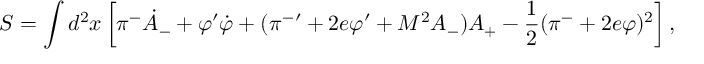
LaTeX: S = \int d ^ { 2 } x \left[ \pi ^ { - } { \dot { A } _ { - } } + { \varphi } ^ { \prime } { \dot { \varphi } } + ( { \pi ^ { - } } ^ { \prime } + 2 e \varphi ^ { \prime } + M ^ { 2 } A _ { - } ) A _ { + } - \frac { 1 } { 2 } ( \pi ^ { - } + 2 e \varphi ) ^ { 2 } \right] ,